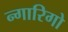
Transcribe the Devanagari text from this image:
न्गारिगो